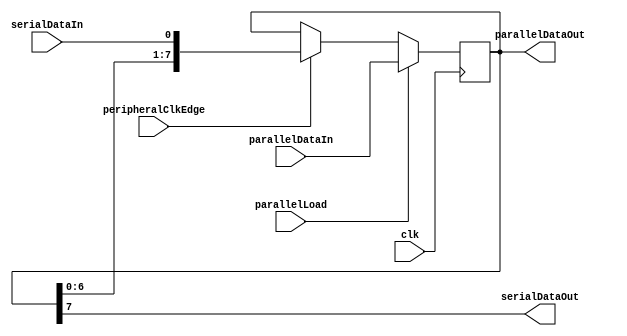
//------------------------------------------------------------------------
// Shift Register
//   Parameterized width (in bits)
//   Shift register can operate in two modes:
//      - serial in, parallel out
//      - parallel in, serial out
//------------------------------------------------------------------------

module shiftregister
  #(parameter width=8)
   (
    input               clk, peripheralClkEdge, parallelLoad,
    input [width - 1:0] parallelDataIn,
    input               serialDataIn,
    output [width-1:0]  parallelDataOut,
    output              serialDataOut
    );

   reg [width-1:0]      mem;

   assign parallelDataOut = mem;
   assign serialDataOut = mem[width - 1];

   always @(posedge clk) begin
      if (parallelLoad) mem <= parallelDataIn;
      else if (peripheralClkEdge) mem <= {mem[width-2:0], serialDataIn};
   end
endmodule